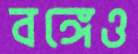
বঙ্গেও